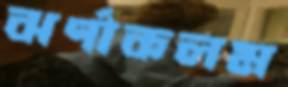
ঝর্ণাকলম